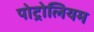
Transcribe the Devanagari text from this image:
पोट्रोलियम